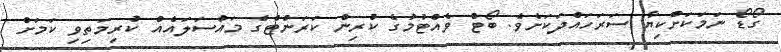
ގޯޑޯ ނަމަކަށްކިޔާ ސަރަހައްދަކަށެވެ. ބޯޓް ވެއްޓުމުގެ ކުރިން ކަރަންޓްގެ މައްސަލައެއް ކުރިމަތިވި ކަމަށް